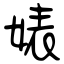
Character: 婊